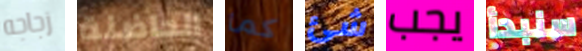
زجاجه الحاضنة كما شئ يجب سنبدأ